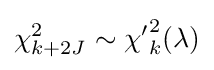
\chi _{k+2J}^{2}\sim {\chi '}_{k}^{2}(\lambda )